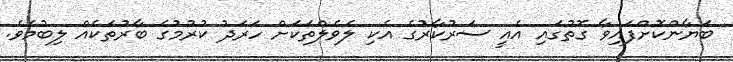
ބަޔާންކޮށްފައިވާ ގޮތުގައި އެއީ ސަރުކާރުގެ އެކި ލެވެލްތަކަށް ހަރަދު ކުރުމުގެ ބާރުތަކެއް ލިބުމެވެ.